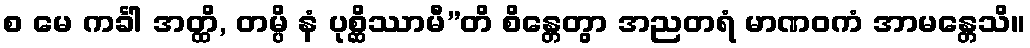
စ မေ ကင်္ခါ အတ္ထိ, တမ္ပိ နံ ပုစ္ဆိဿာမီ”တိ စိန္တေတွာ အညတရံ မာဏဝကံ အာမန္တေသိ။